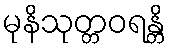
မုနိသုတ္တဝရန္တိ